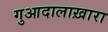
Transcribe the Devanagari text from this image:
गुआदालाख़ारा